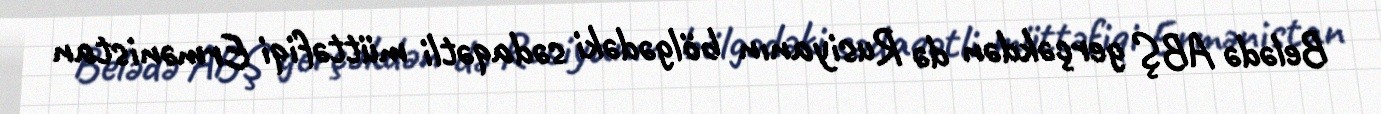
Belədə ABŞ gerçəkdən də Rusiyanın bölgədəki sədaqətli müttəfiqi Ermənistan